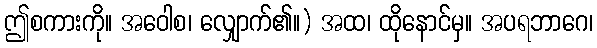
ဤစကားကို။ အဝေါစ၊ လျှောက်၏။) အထ၊ ထိုနောင်မှ။ အပရဘာဂေ၊